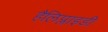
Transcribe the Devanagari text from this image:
हैलिप्लाइडी